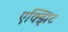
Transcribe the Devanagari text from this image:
एक्झिट